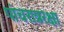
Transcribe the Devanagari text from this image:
पांचरात्ररक्षा